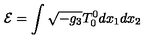
{ \cal E } = \int \sqrt { - g _ { 3 } } T _ { 0 } ^ { 0 } d x _ { 1 } d x _ { 2 }